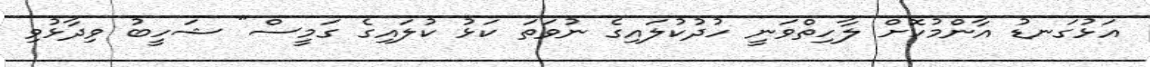
އަޅުގަނޑު އާންމުކޮށް ލާހިތްވަނީ ހުދުކުލައިގެ ނުވަތަ ކަޅު ކުލައިގެ ގަމީސް" ޝަހީބު ވިދާޅުވި